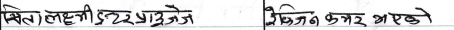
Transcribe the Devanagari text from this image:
भित्ता लग्छे टिए प्रपोज

टेचिङ कभर भएको